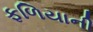
ફળિયાની